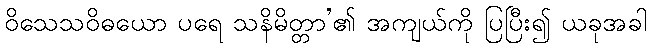
ဝိသေသဝိဓယော ပရေ သနိမိတ္တာ’၏ အကျယ်ကို ပြပြီး၍ ယခုအခါ